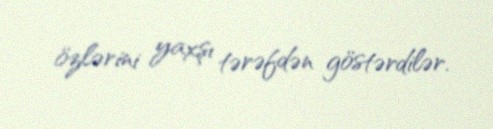
özlərini yaxşı tərəfdən göstərdilər.